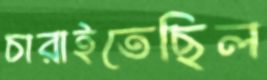
চারাইতেছিল